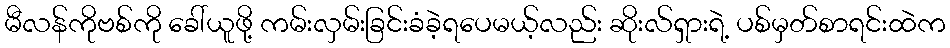
မီလန်ကိုဗစ်ကို ခေါ်ယူဖို့ ကမ်းလှမ်းခြင်းခံခဲ့ရပေမယ့်လည်း ဆိုးလ်ရှားရဲ့ ပစ်မှတ်စာရင်းထဲက